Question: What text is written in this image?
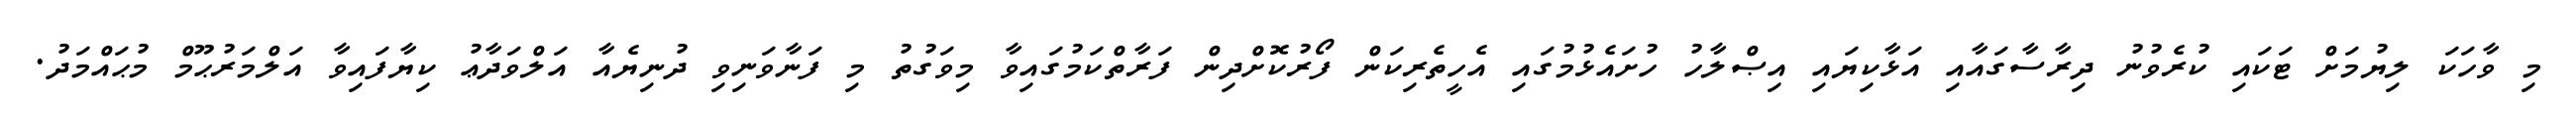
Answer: މި ވާހަކަ ލިޔުމަށް ޓަކައި ކުރެވުނު ދިރާސާގައާއި އަޅާކިޔައި އިޞްލާހު ހުށައެޅުމުގައި އެހީތެރިކަން ފޯރުކޮށްދިން ފަރާތްކަމުގައިވާ މިވަގުތު މި ފަނާވަނިވި ދުނިޔެއާ އަލްވަދާޢު ކިޔާފައިވާ އަލްމަރުޙޫމް މުޙައްމަދު.